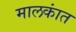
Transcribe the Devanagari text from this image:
मालकांत